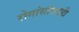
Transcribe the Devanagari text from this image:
रोगांसोबतही